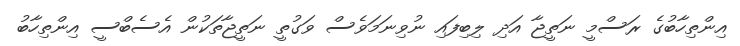
އިންތިހާބުގެ ރަސްމީ ނަތީޖާ އަދި ލިބިފައި ނުވިނަމަވެސް ވަގުތީ ނަތީޖާތަކުން އެސެބްސީ އިންތިހާބު